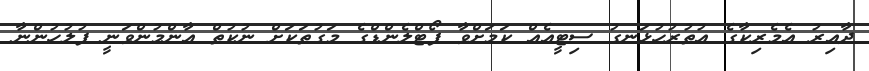
ދާއިރު އެމެރިކާގެ އުތުރުހުޅަނގު ސިޓީއެއް ކަމަށްވާ ޕޯޓްލެންޑްގެ މަގުތަކަށް ނުކުތް އާންމުންވަނީ ފުލުހުންނާ